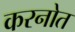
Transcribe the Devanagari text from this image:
करनोत